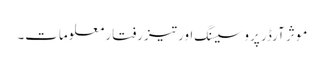
موثر آرڈر پروسیسنگ اور تیزرفتار معلومات۔